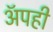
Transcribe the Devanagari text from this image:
अॅपही